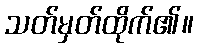
သတ်မှတ်ထိုက်၏။